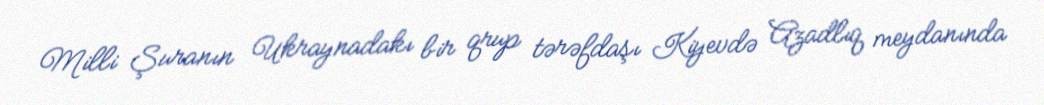
Milli Şuranın Ukraynadakı bir qrup tərəfdaşı Kiyevdə Azadlıq meydanında